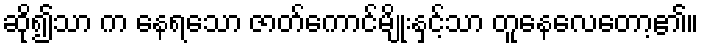
ဆို၍သာ က နေရသော ဇာတ်ကောင်မျိုးနှင့်သာ တူနေလေတော့၏။